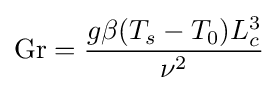
\mathrm {Gr} ={\frac {g\beta (T_{s}-T_{0})L_{c}^{3}}{\nu ^{2}}}